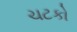
ચટકો